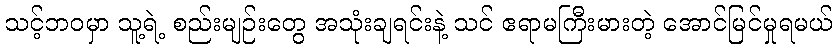
သင့်ဘဝမှာ သူ့ရဲ့ စည်းမျဉ်းတွေ အသုံးချရင်းနဲ့ သင် ဧရာမကြီးမားတဲ့ အောင်မြင်မှုရမယ်